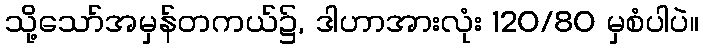
သို့သော်အမှန်တကယ်၌, ဒါဟာအားလုံး 120/80 မှစံပါပဲ။